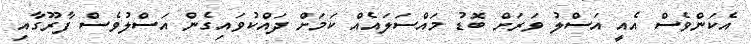
އެކަންވެސް އެއީ އަސްލު ވަރަށް ބޮޑު މައްސަލައެއް ކަމަށް ދައްކުވައިގެން އަސްލުވެސް ފާރޫގާއި